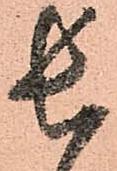
長